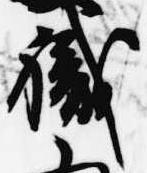
職